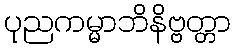
ပုညကမ္မာဘိနိဗ္ဗတ္တာ